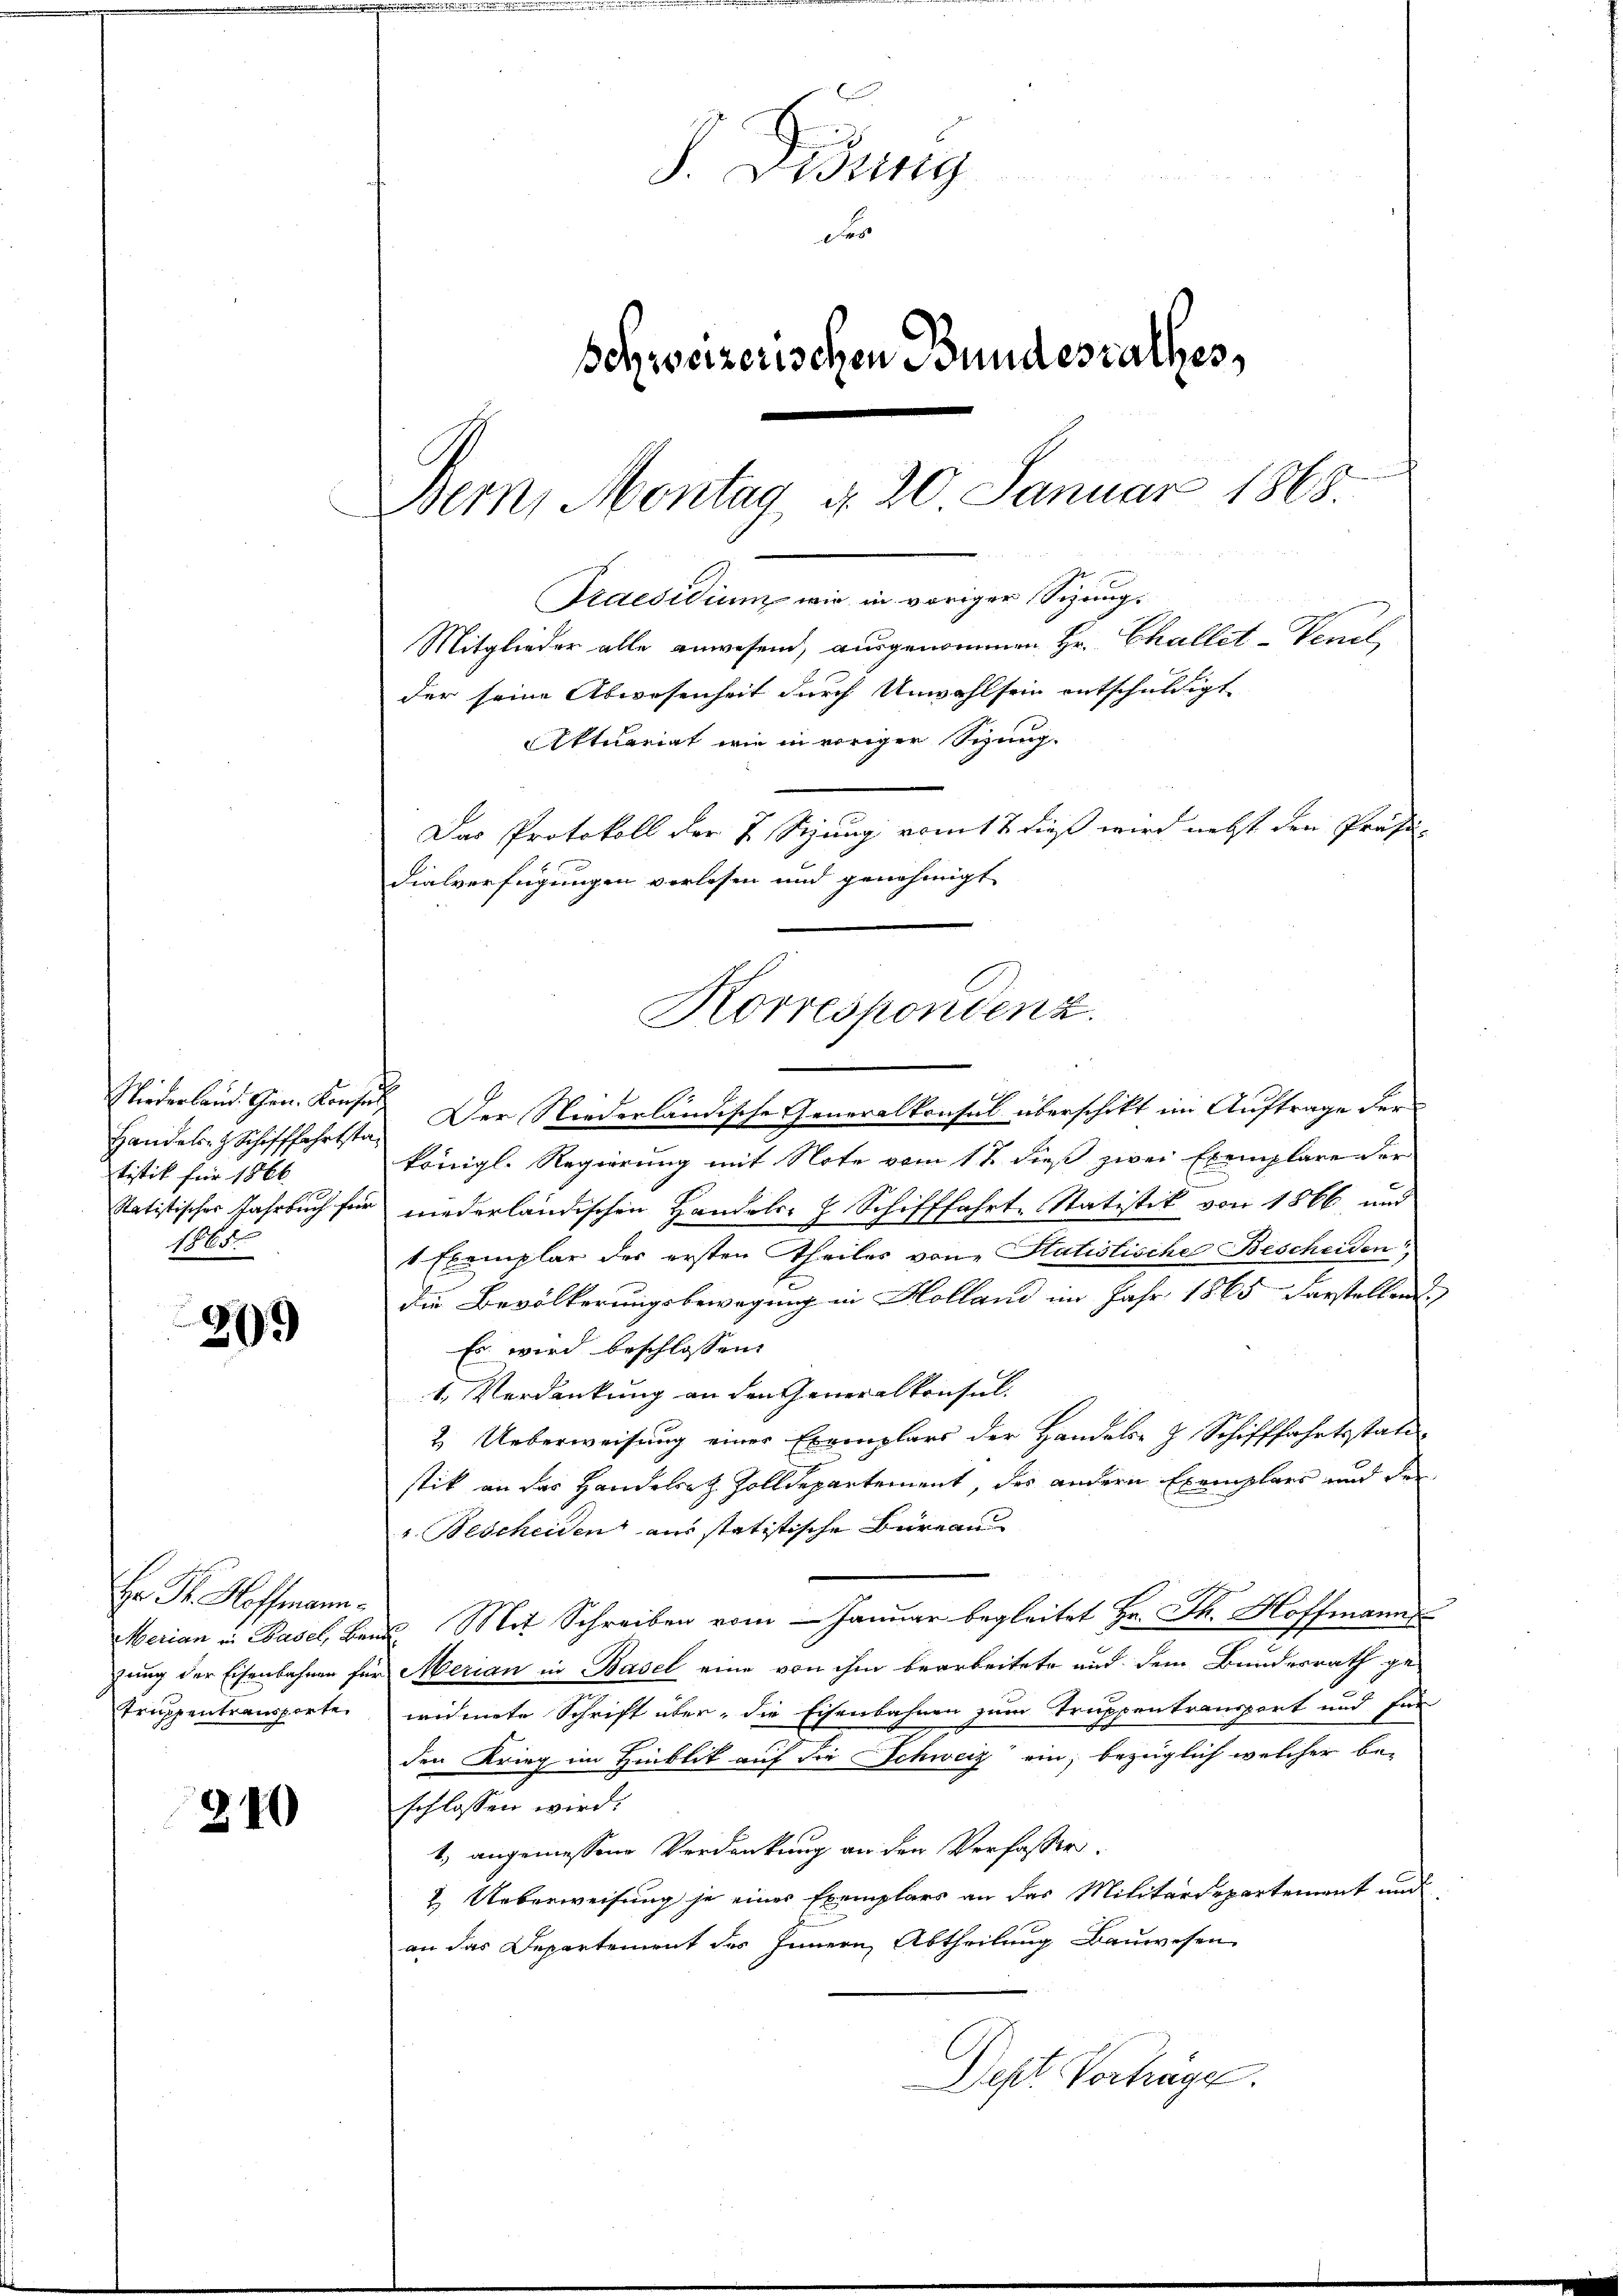
Handelst Schifffahrtstatistik für 1866
1865.

209

Hr Dr. Hoffmann.
Truppentransporte,

210

S. Fitzing
der
Schweizerischen Bundesrathes,
Bern, Montag d. 20. Januar 1865.
Praesidium wir in voriger Sizung.
Mitglieder alle anwesend, ausgenommen Hr. Challet-Venel,
der seine Abwesenheit durch Unwohlsein entschuldigt

Niederland. Gen. Konses. Der Niederländische Generalkonsul überschikt im Auftrage der
königl. Regierung mit Note vom 1t dieß zwei Exemplare der
Ratistisches Jahrbuch für niederländischen Handels- & Schifffahrt. Statistik von 1866 und
1 Exemplar der ersten Theiles von Statistische Bescheiden
Die Bevölkerungsbewegung in Holland im Jahr 1865 darstellend
Es wird beschlossen:
1. Verdankung an den Generalkonsul
2. Ueberweisung einer Exemplars der Handels- & Schifffahrtsstati
stik an das Handelsatz Zolldepartement, des andern Exemplars und der
r. Bescheiden aus statistische Bureau
Merian in Basel, Band Mit Schreiben vom Januar begleitet Hr. Th. Hoffmanns
zung der Eisenbahnen für Merian in Basel eine von ihm bearbeitete und dem Bundesrath ge-
widmete Schrift über, die Eisenbahnen zum Truppentransport und für
den Krieg im Hinblik auf die Schweiz ein, bezüglich welcher be-
schlossen wird.
1.) angemessene Verdankung an den Verfasser.
2. Ueberweisung je einer Exemplars an das Militärdepartement und
an das Departement des Innern, Abtheilung Bauwesen
Dept. Vorträge.

Aktuariat wie in voriger Sitzung.
Das Protokoll der J. Sizung vom 7 dieß wird nebst den Profes
dialverfügungen verlesen und genehmigt
Korrespondenz.